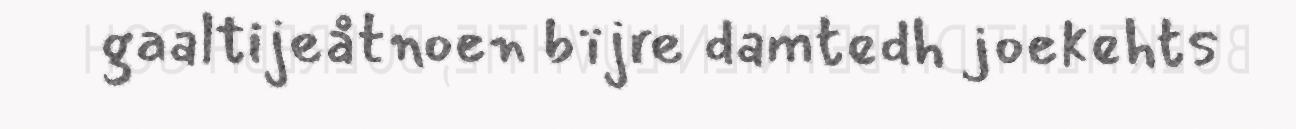
gaaltijeåtnoen bïjre damtedh joekehts